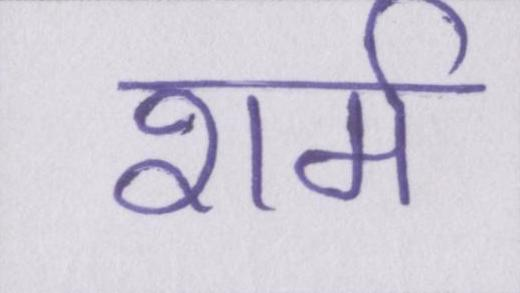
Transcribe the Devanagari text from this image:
शर्म